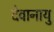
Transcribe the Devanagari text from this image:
देवानायु